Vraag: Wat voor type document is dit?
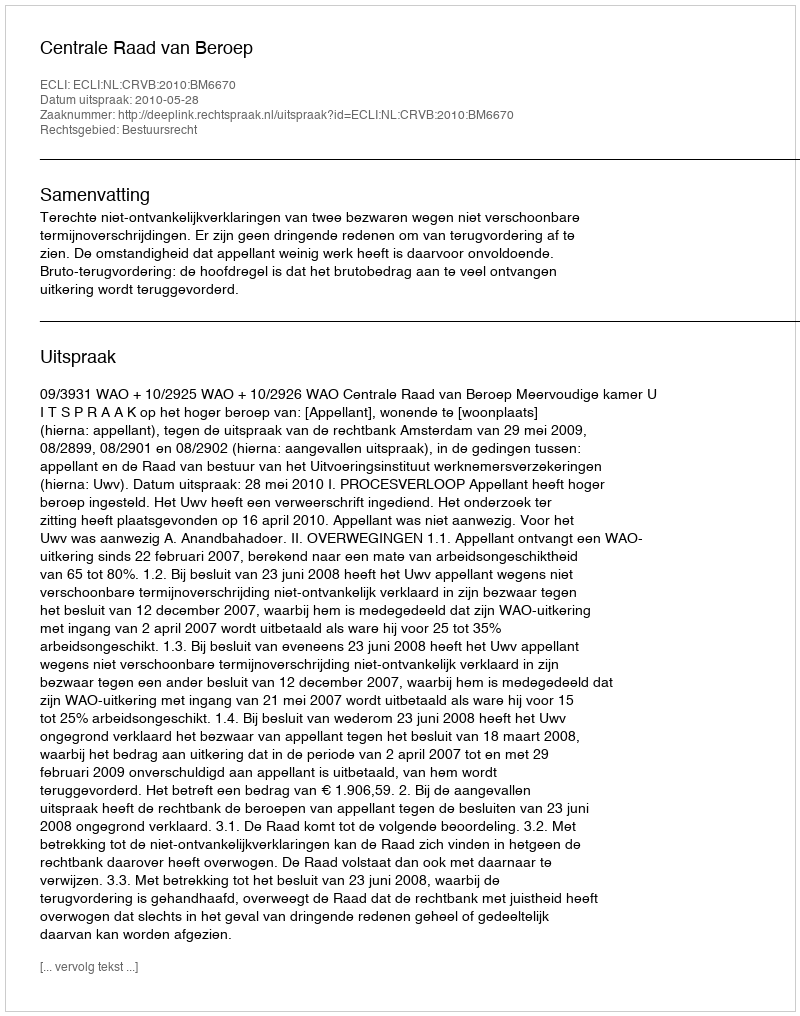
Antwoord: Uitspraak